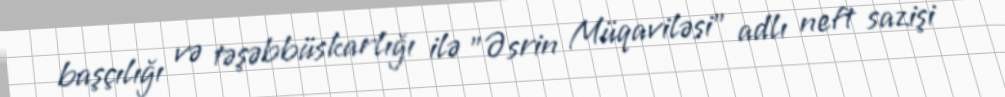
başçılığı və təşəbbüskarlığı ilə "Əsrin Müqaviləsi" adlı neft sazişi